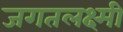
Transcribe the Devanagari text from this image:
जगतलक्ष्मी